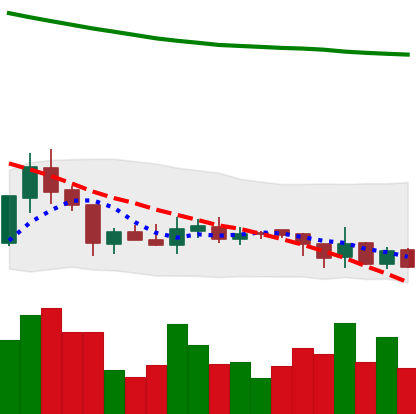
Ticker: XRP-USD
Chart end date: 2018-08-04
Forward return: -19.075%
Label: down_7plus